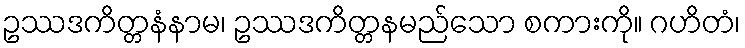
ဥဿဒကိတ္တနံနာမ၊ ဥဿဒကိတ္တနမည်သော စကားကို။ ဂဟိတံ၊